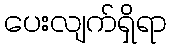
ပေးလျက်ရှိရာ